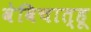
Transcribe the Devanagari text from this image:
वेविचात्हू